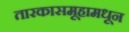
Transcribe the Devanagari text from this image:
तारकासमूहामधून